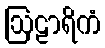
ဩဠာရိကံ